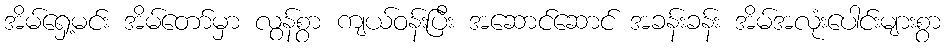
အိမ်ရှေ့မင်း အိမ်တော်မှာ လွန်စွာ ကျယ်ဝန်းပြီး အဆောင်ဆောင် အခန်းခန်း အိမ်အလုံးပေါင်းများစွာ